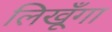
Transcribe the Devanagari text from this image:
लिखूँगा